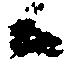
候